Document type: Sale
Year: 1290
Scribe: Miquel Rotllan
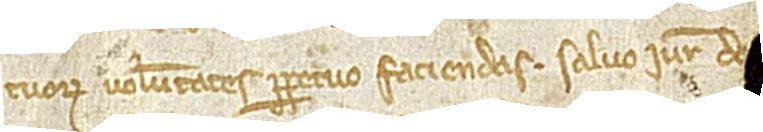
tuorum voluntates perpetuo faciendas. Salvo iure do[mus mona]